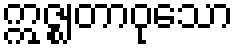
ဣဇ္ဈတာဝုသော